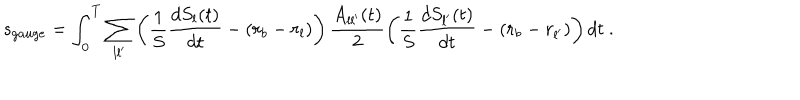
LaTeX: s _ { g a u g e } = \int _ { 0 } ^ { T } \sum _ { l l ^ { \prime } } \left( \frac 1 S \frac { d S _ { l } ( t ) } { d t } - ( r _ { b } - r _ { l } ) \right) \frac { A _ { l l ^ { \prime } } ( t ) } { 2 } \left( \frac 1 S \frac { d S _ { l ^ { \prime } } ( t ) } { d t } - ( r _ { b } - r _ { l ^ { \prime } } ) \right) d t \ .